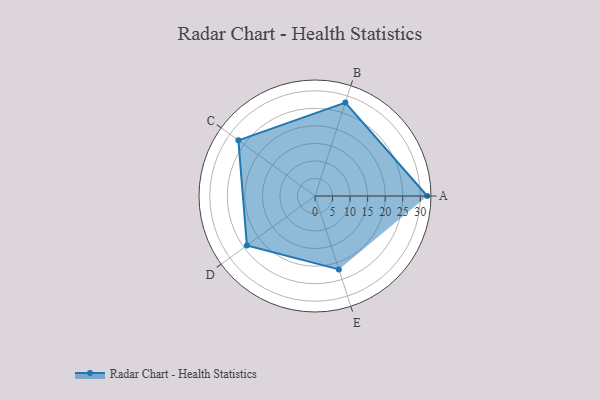
{"axis": {"x": "Skill", "y": "Score"}, "legend": ["Profile"], "data": [{"x": "A", "y": 32.0, "type": "Profile"}, {"x": "B", "y": 28.0, "type": "Profile"}, {"x": "C", "y": 27.0, "type": "Profile"}, {"x": "D", "y": 24.0, "type": "Profile"}, {"x": "E", "y": 22.0, "type": "Profile"}]}